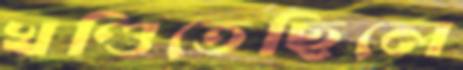
খণ্ডিতেছিলে